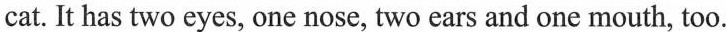
cat. It has two eyes, one nose, two ears and one mouth, too.